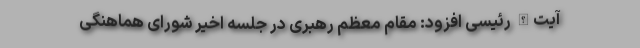
آیت‌الله رئیسی افزود: مقام معظم رهبری در جلسه اخیر شورای هماهنگی